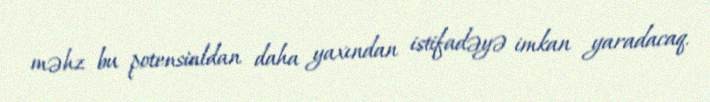
məhz bu potensialdan daha yaxından istifadəyə imkan yaradacaq.